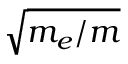
\sqrt { m _ { e } / m }